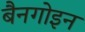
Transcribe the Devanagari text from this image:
बैनगोइन